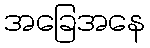
အခြေအနေ